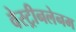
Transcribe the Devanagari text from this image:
वेस्ट्रीनलेनम